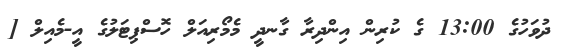
ދުވަހުގެ 13:00 ގެ ކުރިން އިންދިރާ ގާނދީ މެމޯރިއަލް ހޮސްޕިޓަލުގެ އީ-މެއިލް [